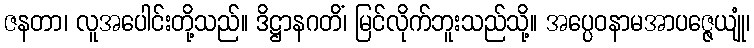
ဇနတာ၊ လူအပေါင်းတို့သည်။ ဒိဋ္ဌာနဂတိံ၊ မြင်လိုက်ဘူးသည်သို့။ အပ္ပေဝနာမအာပဇ္ဇေယျုံ၊